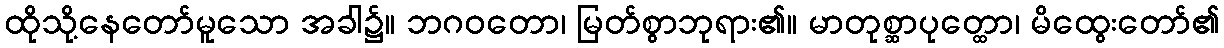
ထိုသို့နေတော်မူသော အခါ၌။ ဘဂဝတော၊ မြတ်စွာဘုရား၏။ မာတုစ္ဆာပုတ္ထော၊ မိထွေးတော်၏